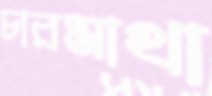
চারমাথা